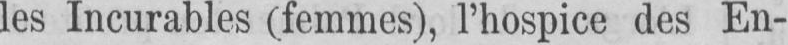
les Incurables (femmes), l’hospice des En-